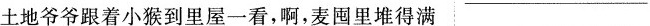
土地爷爷跟着小猴到里屋一看，啊，麦囤里堆得满 ___